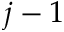
j - 1